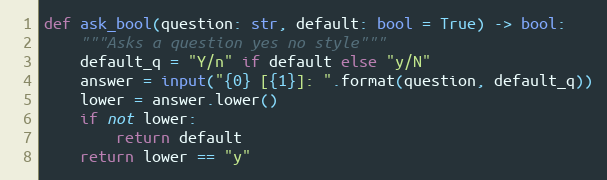
Language: Python
def ask_bool(question: str, default: bool = True) -> bool:
    """Asks a question yes no style"""
    default_q = "Y/n" if default else "y/N"
    answer = input("{0} [{1}]: ".format(question, default_q))
    lower = answer.lower()
    if not lower:
        return default
    return lower == "y"